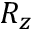
R _ { z }